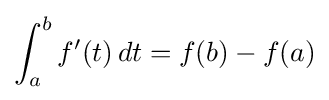
\int _{a}^{b}f'(t)\,dt=f(b)-f(a)